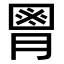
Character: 𦞅